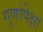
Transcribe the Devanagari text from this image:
गुणांपेक्षा